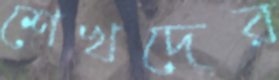
শেখদের